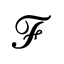
\mathcal { F }